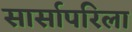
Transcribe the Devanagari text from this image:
सार्सापरिला